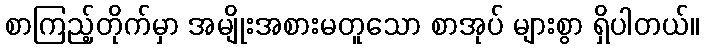
စာကြည့်တိုက်မှာ အမျိုးအစားမတူသော စာအုပ် များစွာ ရှိပါတယ်။